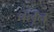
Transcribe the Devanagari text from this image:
चलून